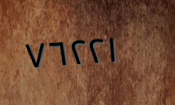
٧٦٢٢١